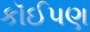
કૉઈપણ